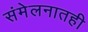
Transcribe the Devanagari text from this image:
संमेलनातही